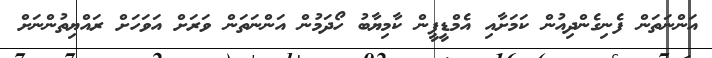
އަންނަތަން ފެނިގެންދިއުން ކަމަށާއި އެމްޑީޕީން ކާމިޔާބު ހޯދަމުން އަންނަތަން ވަރަށް އަވަހަށް ރައްޔިތުންނަށް